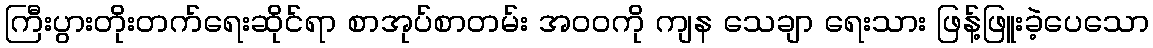
ကြီးပွားတိုးတက်ရေးဆိုင်ရာ စာအုပ်စာတမ်း အဝဝကို ကျန သေချာ ရေးသား ဖြန့်ဖြူးခဲ့ပေသော